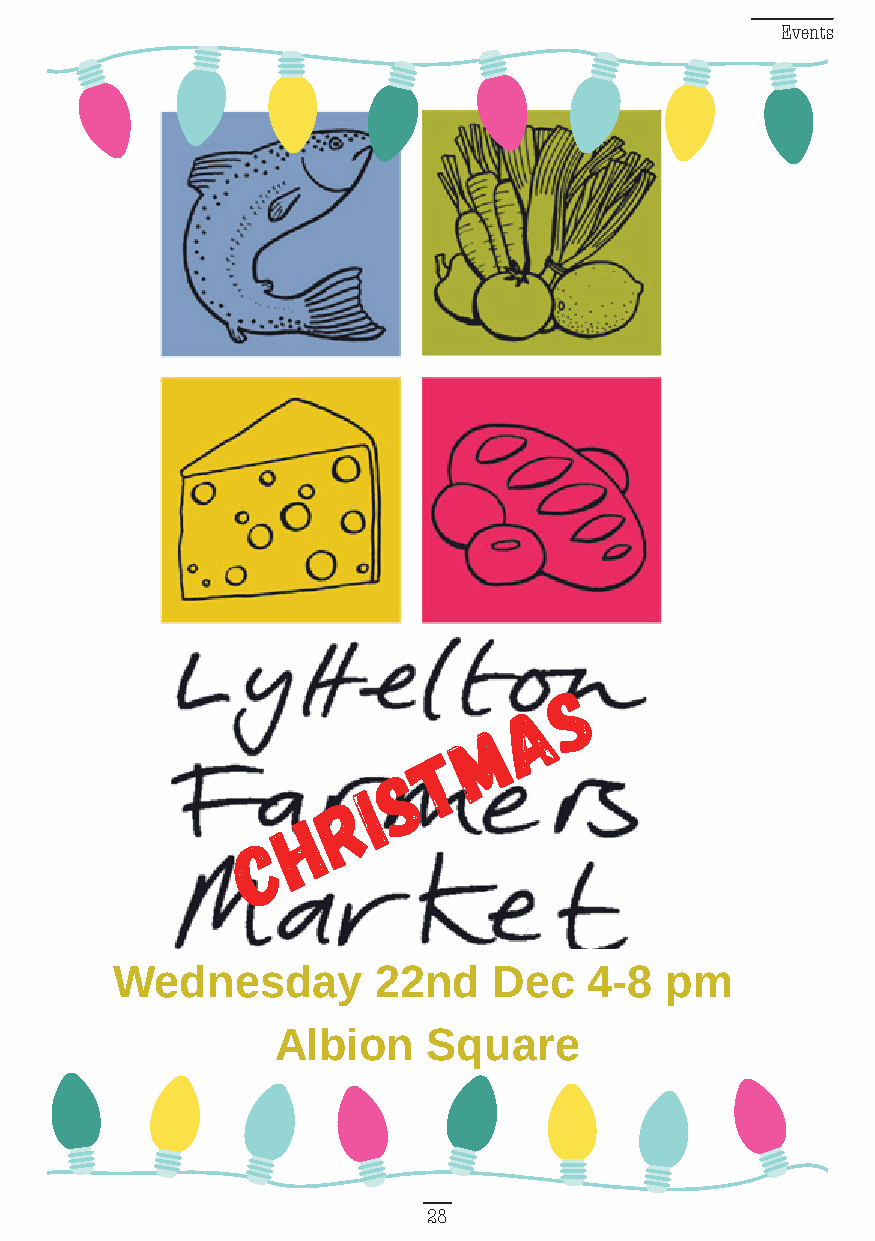
Events
 s
 a
 m
 t
 s
 i
 r
 h
 C
 Wednesday         22nd    Dec   4-8  pm
 Albion    Square
 28